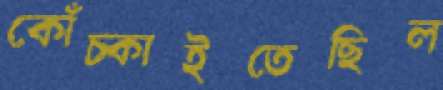
কোঁচ্‌কাইতেছিল